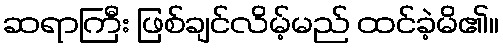
ဆရာကြီး ဖြစ်ချင်လိမ့်မည် ထင်ခဲ့မိ၏။